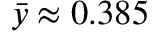
\bar { y } \approx 0 . 3 8 5